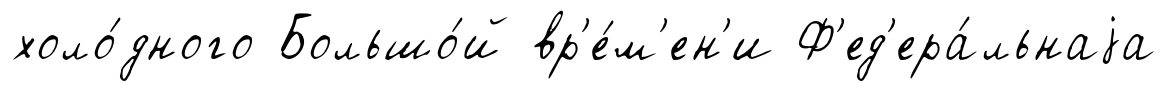
холо́дного Большо́й вр'е́м'ен'и Ф'ед'ера́льнаjа